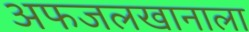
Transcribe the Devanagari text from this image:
अफजलखानाला